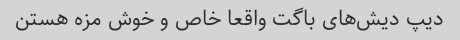
دیپ دیش‌های باگت واقعا خاص و خوش مزه هستن